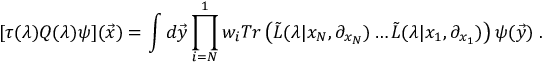
[ \tau ( \lambda ) Q ( \lambda ) \psi ] ( { \vec { x } } ) = \int d { \vec { y } } \prod _ { i = N } ^ { 1 } w _ { i } T r \left( { \tilde { L } } ( \lambda | x _ { N } , \partial _ { x _ { N } } ) \ldots { \tilde { L } } ( \lambda | x _ { 1 } , \partial _ { x _ { 1 } } ) \right) \psi ( { \vec { y } } ) \; .